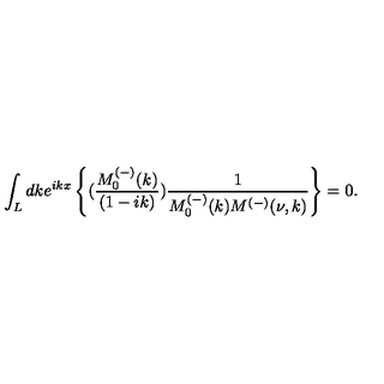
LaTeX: \int _ { L } d k e ^ { i k x } \left\{ ( \frac { M _ { 0 } ^ { ( - ) } ( k ) } { ( 1 - i k ) } ) \frac { 1 } { M _ { 0 } ^ { ( - ) } ( k ) M ^ { ( - ) } ( \nu , k ) } \right\} = 0 .